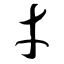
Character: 才